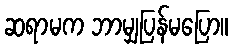
ဆရာမက ဘာမျှပြန်မပြော။